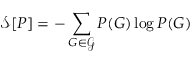
\mathcal { S } [ P ] = - \sum _ { G \in \mathcal { G } } P ( G ) \log P ( G )